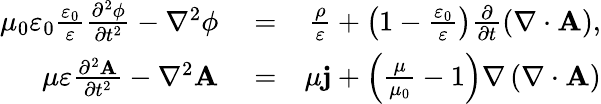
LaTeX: \begin{array}{rlr}{\mu_{0}\varepsilon_{0}\frac{\varepsilon_{0}}{\varepsilon}\frac{\partial^{2}\phi}{\partial t^{2}}-\nabla^{2}\phi}&{{}=}&{\frac{\rho}{\varepsilon}+\left(1-\frac{\varepsilon_{0}}{\varepsilon}\right)\frac{\partial}{\partial t}\left(\nabla\cdot\mathbf{A}\right),}\\ {\mu\varepsilon\frac{\partial^{2}\mathbf{A}}{\partial t^{2}}-\nabla^{2}\mathbf{A}}&{{}=}&{\mu\mathbf{j}+\left(\frac{\mu}{\mu_{0}}-1\right)\nabla\left(\nabla\cdot\mathbf{A}\right)}\end{array}